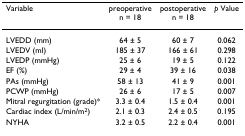
<table><thead><tr><td><b>Variable</b></td><td><b>preoperativen = 18</b></td><td><b>postoperativen = 18</b></td><td><b><i>p </i>Value</b></td></tr></thead><tbody><tr><td>LVEDD (mm)</td><td>64 ± 5</td><td>60 ± 7</td><td>0.062</td></tr><tr><td>LVEDV (ml)</td><td>185 ± 37</td><td>166 ± 61</td><td>0.298</td></tr><tr><td>LVEDP (mmHg)</td><td>25 ± 6</td><td>19 ± 5</td><td>0.122</td></tr><tr><td>EF (%)</td><td>29 ± 4</td><td>39 ± 16</td><td>0.038</td></tr><tr><td>PAs (mmHg)</td><td>58 ± 13</td><td>41 ± 9</td><td>0.001</td></tr><tr><td>PCWP (mmHg)</td><td>26 ± 6</td><td>17 ± 5</td><td>0.007</td></tr><tr><td>Mitral regurgitation (grade)*</td><td>3.3 ± 0.4</td><td>1.5 ± 0.4</td><td>0.001</td></tr><tr><td>Cardiac index (L/min/m<sup>2</sup>)</td><td>2.1 ± 0.3</td><td>2.4 ± 0.5</td><td>0.195</td></tr><tr><td>NYHA</td><td>3.2 ± 0.5</td><td>2.2 ± 0.4</td><td>0.001</td></tr></tbody></table>